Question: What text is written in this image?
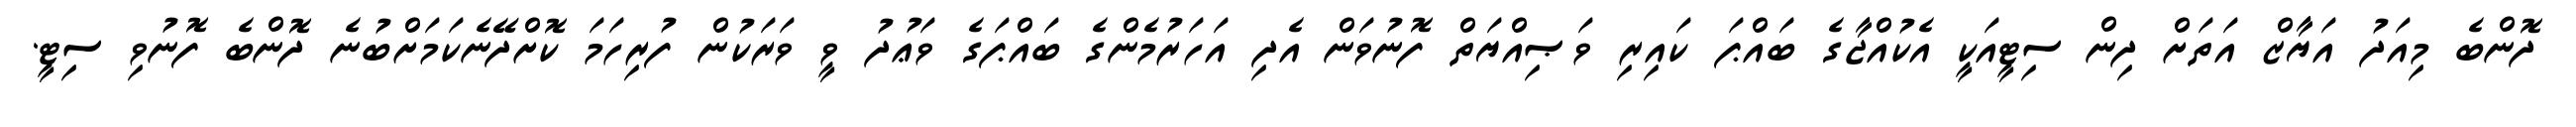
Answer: ދޮންބެ މިއަދު އަޔާޒް އަތަށް ދިން ސިޓީއަކީ އެކުއްޖާގެ ބައްޕަ ކައިރި ވަޞިއްޔަތް ފޮނުވަން އެދި އަހަރުމެންގެ ބައްޕަގެ ވަޢުދު ވީ ވަރަކުން ފުރިހަމަ ކޮށްދޭނެކަމަށްބުނެ ދޮންބެ ފޮނުވި ސިޓީ.